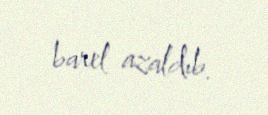
barel azaldıb.